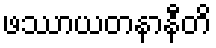
ဖဿာယတနာနီတိ